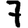
Digit: 7